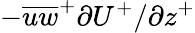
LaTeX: -{{\overline{{uw}}}^{+}}{{\partial}U^{+}/{\partial}z^{+}}